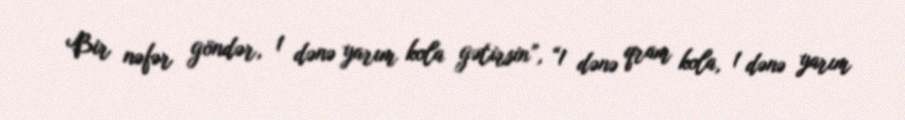
Bir nəfər göndər, 1 dənə yarım kola gətirsin”, “1 dənə qram kola, 1 dənə yarım